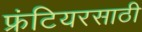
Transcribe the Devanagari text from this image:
फ्रंटियरसाठी